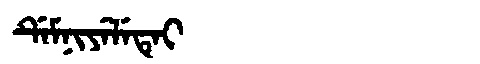
Manchu: ᡩᡝᠮᠨᡳᠶᡝᠯᡝᡨᡝᡳ
Romanization: DEMNIYELETEI